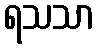
ရသသာ